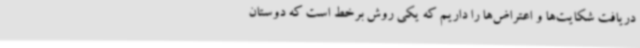
دریافت شکایت‌ها و اعتراض‌ها را داریم که یکی روش برخط است که دوستان